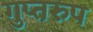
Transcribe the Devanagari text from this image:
गुप्तरुप